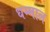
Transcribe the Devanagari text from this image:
धम्माल